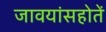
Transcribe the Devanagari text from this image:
जावयांसहोतें